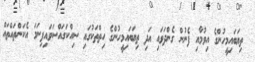
ތިޔަބައިމީހުންގެ އިވުމާއި ފެނުން ގެންދަވައި އަދި ތިޔަބައިމީހުންގެ ހިތްތަކުގައި ސިއްކަގައްސަވައިފިނަމަ އެކަންތައްތައް